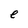
Character: e